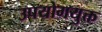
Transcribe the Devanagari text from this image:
उपयोगयुक्त